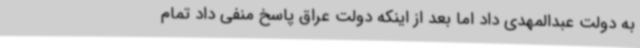
به دولت عبدالمهدی داد اما بعد از اینکه دولت عراق پاسخ منفی داد تمام